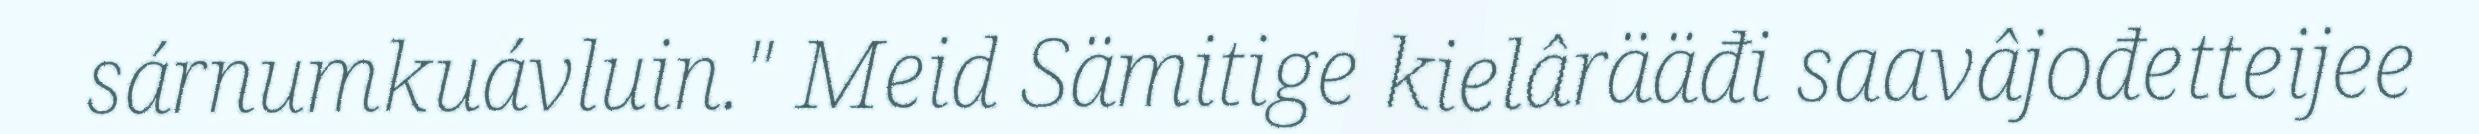
sárnumkuávluin." Meid Sämitige kielârääđi saavâjođetteijee